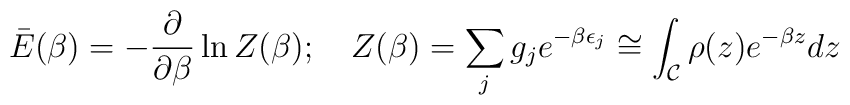
\bar E(\beta) = - {\partial\over \partial \beta} \ln Z(\beta); \quad Z(\beta) = \sum_j g_j e^{-\beta \epsilon_j} \cong \int_{\cal C} \rho(z) e^{-\beta z} dz